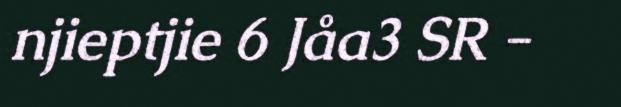
njieptjie 6 Jåa3 SR -